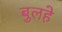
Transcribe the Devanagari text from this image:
बुलहे